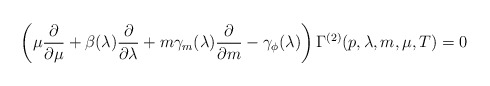
\begin{align*}\left (\mu {\partial\over \partial\mu} + \beta (\lambda ){\partial\over \partial\lambda} + m\gamma_m (\lambda){\partial\over \partial{m}} - \gamma_{\phi} (\lambda)\right ) \Gamma^{(2)} (p, \lambda, m, \mu, T) = 0 \end{align*}